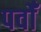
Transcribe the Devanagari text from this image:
पर्वोँ